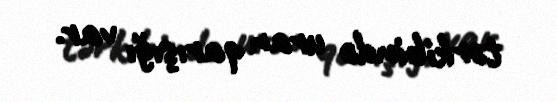
tərkibində uran qarışığı var.